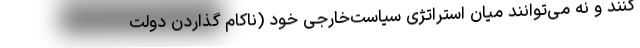
کنند و نه می‌توانند میان استراتژی سیاست‌خارجی خود (ناکام گذاردن دولت